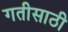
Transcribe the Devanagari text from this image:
गतीसाठी